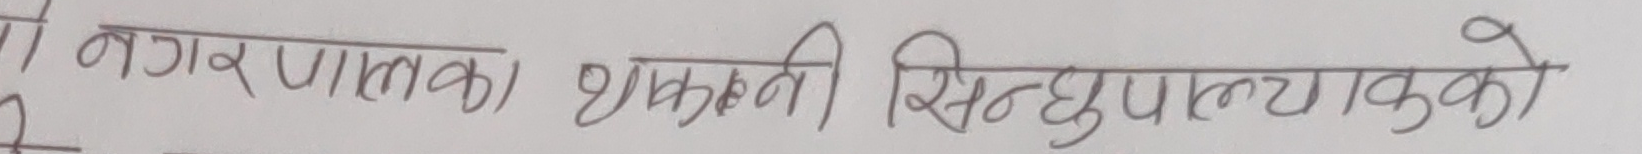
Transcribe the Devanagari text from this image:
नगर पालिका धाकनी सिन्धुपाल्याकको